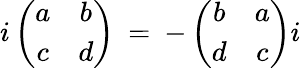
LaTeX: i\left(\begin{array}{cc}{{a}}&{{b}}\\ {{c}}&{{d}}\end{array}\right)\: =\: -\left(\begin{array}{cc}{{b}}&{{a}}\\ {{d}}&{{c}}\end{array}\right)i